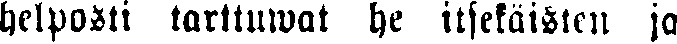
helposti tarttuwat he itseläisten ja